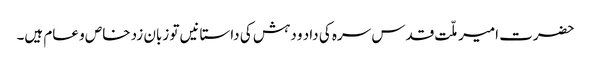
حضرت امیر ملّت قدس سرہ کی داد و دہش کی داستانیں تو زبان زد خاص و عام ہیں۔